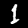
Digit: 1